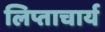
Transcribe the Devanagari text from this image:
लिप्ताचार्य